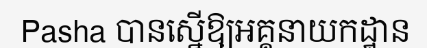
Pasha បានស្នើឱ្យអគ្គនាយកដ្ឋាន